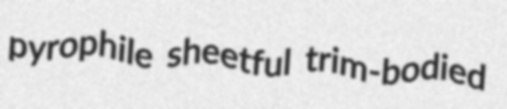
pyrophile sheetful trim-bodied